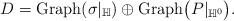
LaTeX: \begin{gather*}D=\mathrm{Graph}(\sigma|_{\mathbb{H}}) \oplus \mathrm{Graph}\big(P|_{\mathbb{H}^0}\big).\end{gather*}